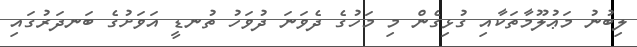
ލިބުނު މަޢުލޫމާތަކާއި ގުޅިގެން މި މަހުގެ ދެވަނަ ދުވަހު ތުނޑީ އަވަށުގެ ބަނދަރުގައި